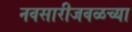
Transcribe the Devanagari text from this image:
नवसारीजवळच्या